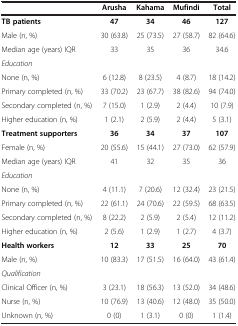
<table><thead><tr><td><b> </b></td><td><b>Arusha</b></td><td><b>Kahama</b></td><td><b>Mufindi</b></td><td><b>Total</b></td></tr></thead><tbody><tr><td><b>TB patients</b></td><td><b>47</b></td><td><b>34</b></td><td><b>46</b></td><td><b>127</b></td></tr><tr><td>Male (n, %)</td><td>30 (63.8)</td><td>25 (73.5)</td><td>27 (58.7)</td><td>82 (64.6)</td></tr><tr><td>Median age (years) IQR</td><td>33</td><td>35</td><td>36</td><td>34.6</td></tr><tr><td><i>Education</i></td><td> </td><td> </td><td> </td><td> </td></tr><tr><td>None (n, %)</td><td>6 (12.8)</td><td>8 (23.5)</td><td>4 (8.7)</td><td>18 (14.2)</td></tr><tr><td>Primary completed (n, %)</td><td>33 (70.2)</td><td>23 (67.7)</td><td>38 (82.6)</td><td>94 (74.0)</td></tr><tr><td>Secondary completed (n, %)</td><td>7 (15.0)</td><td>1 (2.9)</td><td>2 (4.4)</td><td>10 (7.9)</td></tr><tr><td>Higher education (n, %)</td><td>1 (2.1)</td><td>2 (5.9)</td><td>2 (4.4)</td><td>5 (3.1)</td></tr><tr><td><b>Treatment supporters</b></td><td><b>36</b></td><td><b>34</b></td><td><b>37</b></td><td><b>107</b></td></tr><tr><td>Female (n, %)</td><td>20 (55.6)</td><td>15 (44.1)</td><td>27 (73.0)</td><td>62 (57.9)</td></tr><tr><td>Median age (years) IQR</td><td>41</td><td>32</td><td>35</td><td>36</td></tr><tr><td><i>Education</i></td><td> </td><td> </td><td> </td><td> </td></tr><tr><td>None (n, %)</td><td>4 (11.1)</td><td>7 (20.6)</td><td>12 (32.4)</td><td>23 (21.5)</td></tr><tr><td>Primary completed (n, %)</td><td>22 (61.1)</td><td>24 (70.6)</td><td>22 (59.5)</td><td>68 (63.5)</td></tr><tr><td>Secondary completed (n, %)</td><td>8 (22.2)</td><td>2 (5.9)</td><td>2 (5.4)</td><td>12 (11.2)</td></tr><tr><td>Higher education (n, %)</td><td>2 (5.6)</td><td>1 (2.9)</td><td>1 (2.7)</td><td>4 (3.7)</td></tr><tr><td><b>Health workers</b></td><td><b>12</b></td><td><b>33</b></td><td><b>25</b></td><td><b>70</b></td></tr><tr><td>Male (n, %)</td><td>10 (83.3)</td><td>17 (51.5)</td><td>16 (64.0)</td><td>43 (61.4)</td></tr><tr><td><i>Qualification</i></td><td> </td><td> </td><td> </td><td> </td></tr><tr><td>Clinical Officer (n, %)</td><td>3 (23.1)</td><td>18 (56.3)</td><td>13 (52.0)</td><td>34 (48.6)</td></tr><tr><td>Nurse (n, %)</td><td>10 (76.9)</td><td>13 (40.6)</td><td>12 (48.0)</td><td>35 (50.0)</td></tr><tr><td>Unknown (n, %)</td><td>0 (0)</td><td>1 (3.1)</td><td>0 (0)</td><td>1 (1.4)</td></tr></tbody></table>